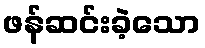
ဖန်ဆင်းခဲ့သော